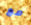
مع